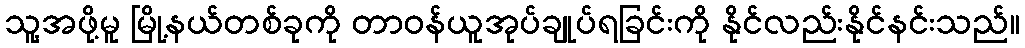
သူ့အဖို့မူ မြို့နယ်တစ်ခုကို တာဝန်ယူအုပ်ချုပ်ရခြင်းကို နိုင်လည်းနိုင်နင်းသည်။